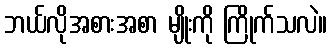
ဘယ်လိုအစားအစာ မျိုးကို ကြိုက်သလဲ။